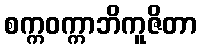
စက္ကဝက္ကာဘိကူဇိတာ